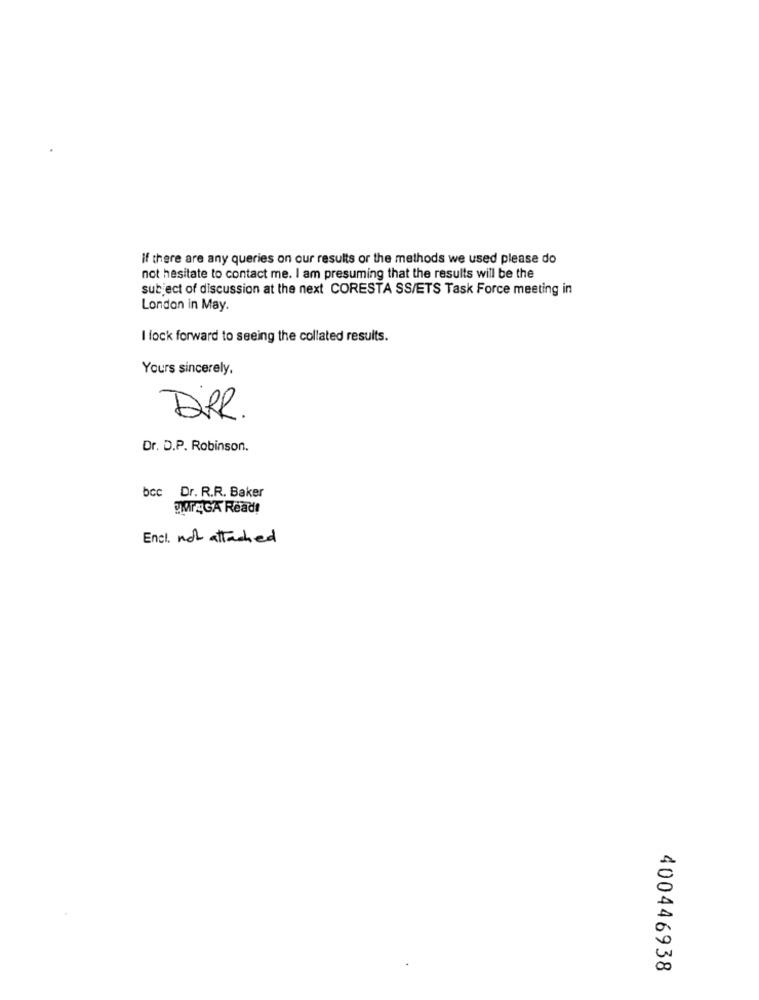
if there are any queries on our results or the methods we used please do
not hesitate to contact me. I am presuming that the results will be the
subject of discussion at the next CORESTA SS/ETS Task Force meeting in
London in May.
I lock forward to seeing the collated results.
Yours sincerely,
DRR
Dr. D.P. Robinson.
bcc Dr. R.R. Baker
IMPAGA Read!
Encl. not attached
400446938